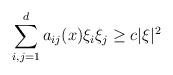
LaTeX: \begin{align*} \sum_{i,j=1}^d a_{ij}(x) \xi_i \xi_j \ge c |\xi|^2\end{align*}